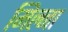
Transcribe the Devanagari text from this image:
मिल्ना